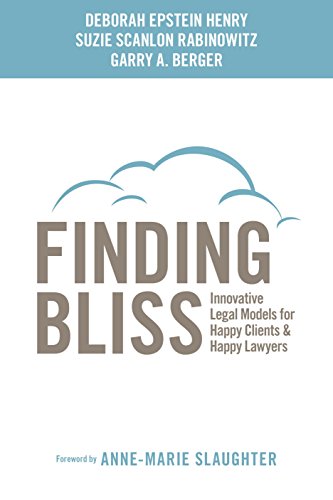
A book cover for Finding Bliss: Innovative Legal Models for Happy Clients & Happy Lawyers; Deborah Epstein Henry; Law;